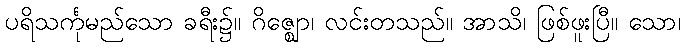
ပရိသင်္ကုမည်သော ခရီး၌။ ဂိဇ္ဈော၊ လင်းတသည်။ အာသိ၊ ဖြစ်ဖူးပြီ။ သော၊